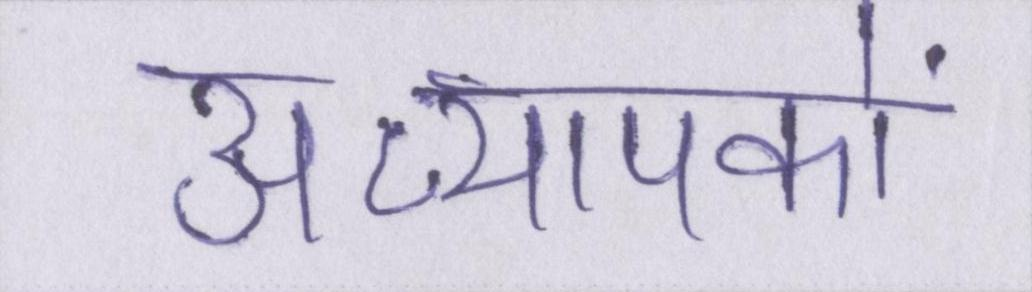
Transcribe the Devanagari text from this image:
अध्यापकों